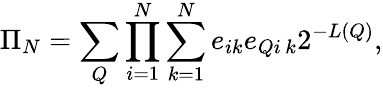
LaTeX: \Pi_{N}=\sum_{Q}\prod_{i=1}^{N}\sum_{k=1}^{N}e_{ik}e_{Qi\, k}2^{-L(Q)},